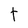
Character: t